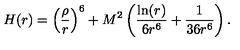
H ( r ) = \left( \frac { \rho } { r } \right) ^ { 6 } + M ^ { 2 } \left( \frac { \ln ( r ) } { 6 r ^ { 6 } } + \frac { 1 } { 3 6 r ^ { 6 } } \right) .